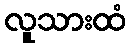
လူသားထံ